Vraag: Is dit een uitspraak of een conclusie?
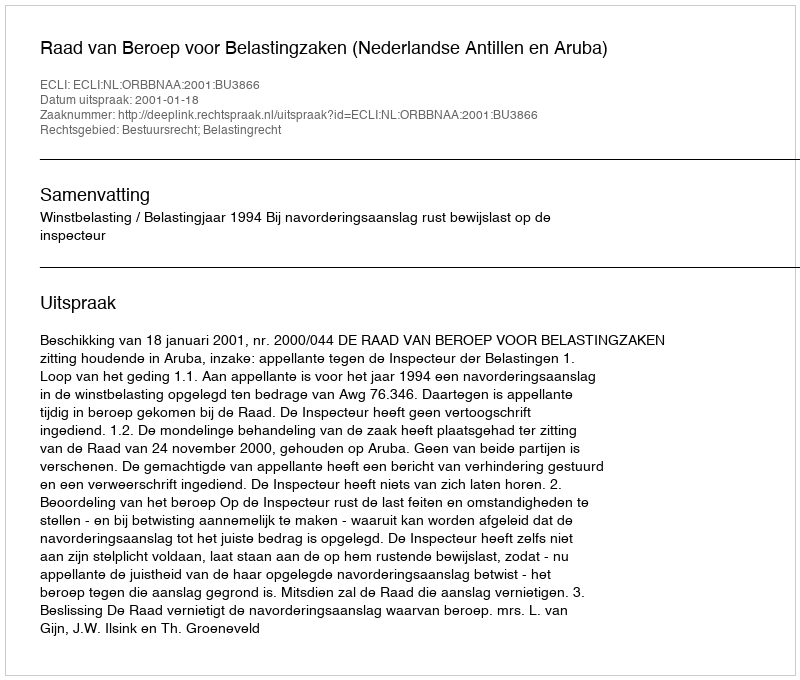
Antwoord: Uitspraak